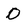
Character: o